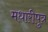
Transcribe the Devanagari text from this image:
मधारीपुत्र